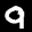
Label: 9